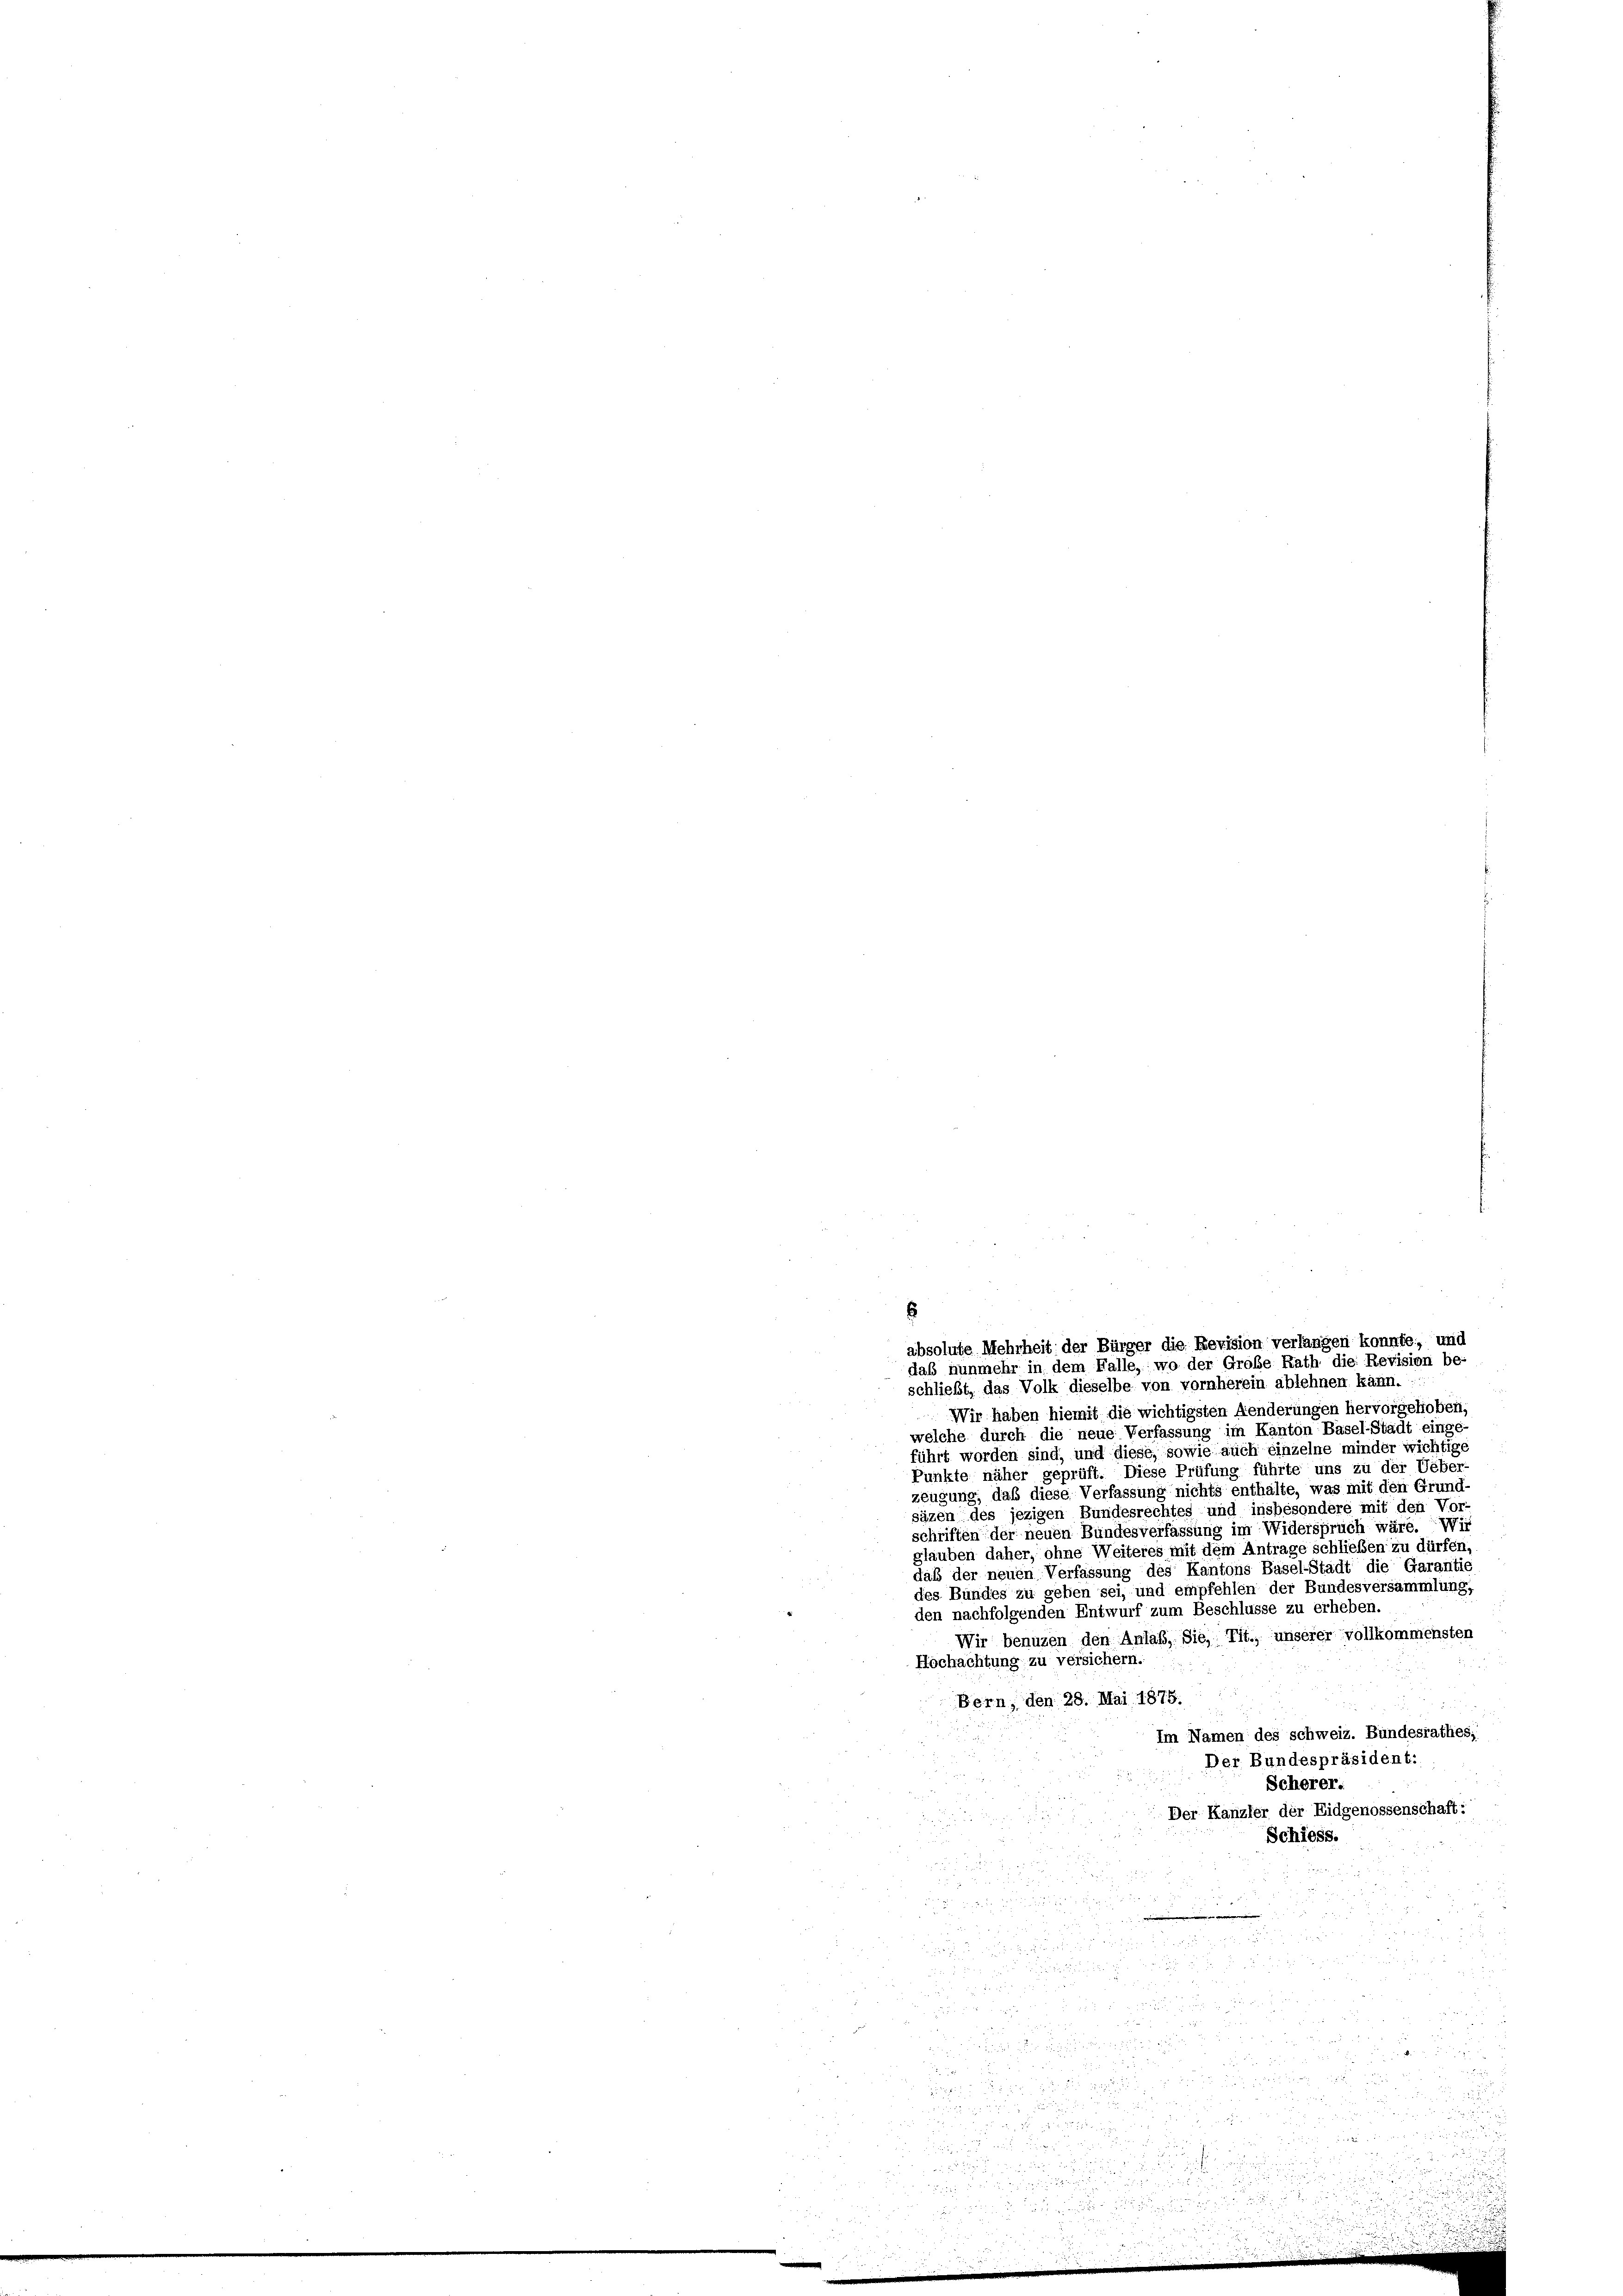
s
schliebt, das Volk dieselbe von vornherein ablehnen kann.
Wir haben hiemit die wichtigsten Aenderungen hervorgehoben.
welche durch die neue Verfassung im Kanton Basel-Stadt einge-
führt worden sind, und diese, sowie auch einzelne minder wichtige
Punkte näher geprüft. Diese Prüfung führte uns zu der Ueber-
zeugung, daß diese Verfassung nichts enthälte, was mit den Grund-
säzen des jezigen Bundesrechtes und insbesondere mit den Vor
schriften der neuen Bundesverfassung im Widerspruch wäre. Wir
glauben daher, ohne Weiteres mit dem Antrage schließen zu dürfen,
daß der neuen Verfassung des Kantons Basel-Stadt die Garantie
des Bundes zu geben sei, und empfehlen der Bundesversammlung,
den nachfolgenden Entwurf zum Beschlüsse zu erheben.
Wir benuzen den Anlaß, Sie, Tit. unserer vollkommensten
Hochachtung zu versichern.
Bern, den 28. Mai 1875.
Im Namen des schweiz. Bundesrathes;
Der Bundespräsident:
Scherer.
Der Kanzler der Eidgenossenschaft:
Schiess.

i

8 x

.
sdien
dos

absolute Mehrheit der Bürger die Revision verlangen konnte, und
daß nunmehr in dem Falle, wo der Große Rath die Revision be-